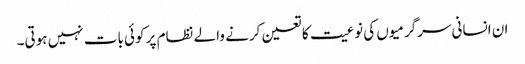
ان انسانی سرگرمیوں کی نوعیت کا تعین کرنے والے نظام پر کوئی بات نہیں ہوتی۔